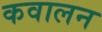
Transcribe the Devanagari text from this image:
कवालन